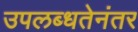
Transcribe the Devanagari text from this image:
उपलब्धतेनंतर